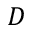
D